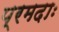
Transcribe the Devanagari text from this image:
प्रमदाः